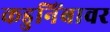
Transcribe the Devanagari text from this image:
कडुनिंबावर